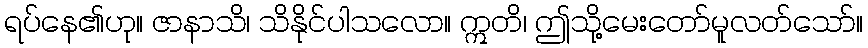
ရပ်နေ၏ဟု။ ဇာနာသိ၊ သိနိုင်ပါသလော။ ဣတိ၊ ဤသို့မေးတော်မူလတ်သော်။